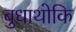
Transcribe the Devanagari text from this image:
बुधाथोकि